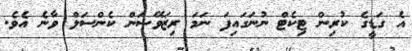
އެ ގަޑީގެ ކުރިން ޓިކެޓް ނުނަގައިފަ ނަމަ ރިޒަވޭޝަން ކެންސަލް ވާނެ އެވެ.